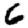
Digit: 6